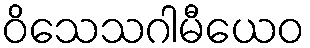
ဝိသေသဂါမီယေဝ